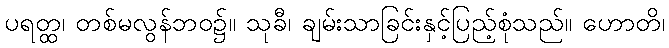
ပရတ္ထ၊ တစ်မလွန်ဘဝ၌။ သုခီ၊ ချမ်းသာခြင်းနှင့်ပြည့်စုံသည်။ ဟောတိ၊